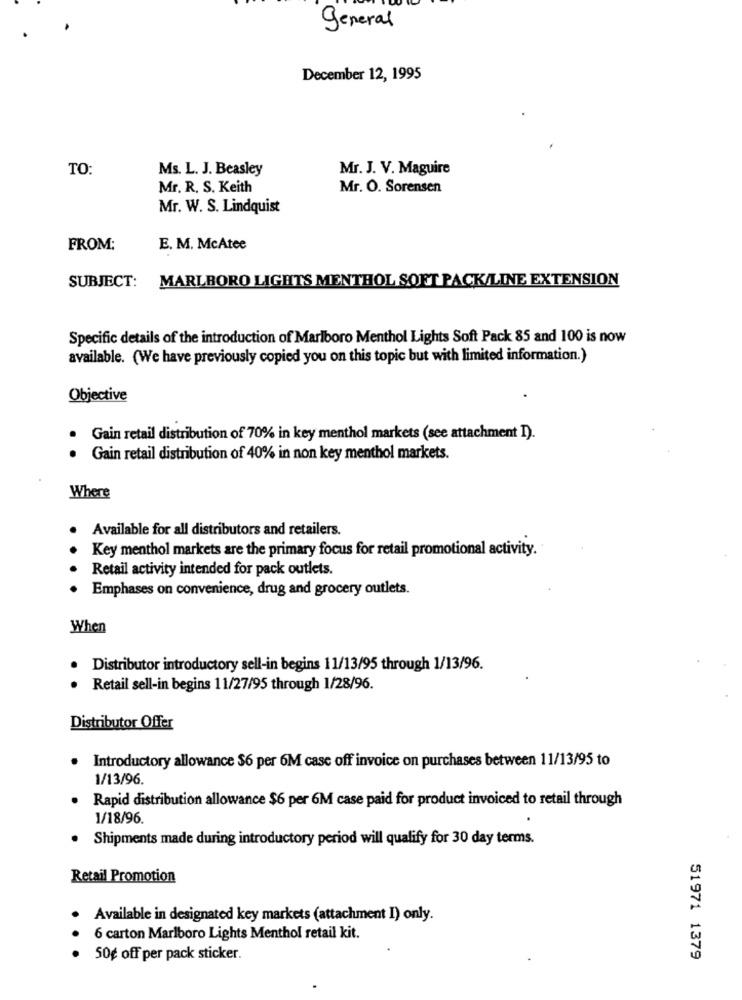
general
December 12, 1995
TO:
Ms. L. J. Beasley
Mr. J. V. Maguire
Mr. R. S. Keith
Mr. O. Sorensen
Mr. W. S. Lindquist
FROM:
E. M. McAtee
SUBJECT:
MARLBORO LIGHTS MENTHOL SOFT PACK/LINE EXTENSION
Specific details of the introduction of Marlboro Menthol Lights Soft Pack 85 and 100 is now
available. (We have previously copied you on this topic but with limited information.)
Objective
Gain retail distribution of 70% in key menthol markets (see attachment I).
Gain retail distribution of 40% in non key menthol markets.
Where
Available for all distributors and retailers.
.
Key menthol markets are the primary focus for retail promotional activity.
Retail activity intended for pack outlets.
Emphases on convenience, drug and grocery outlets.
When
Distributor introductory sell-in begins 11/13/95 through 1/13/96.
Retail sell-in begins 11/27/95 through 1/28/96.
Distributor Offer
Introductory allowance $6 per 6M case off invoice on purchases between 11/13/95 to
1/13/96.
Rapid distribution allowance $6 per 6M case paid for product invoiced to retail through
1/18/96.
Shipments made during introductory period will qualify for 30 day terms.
Retail Promotion
Available in designated key markets (attachment I) only.
6 carton Marlboro Lights Menthol retail kit.
50¢ off per pack sticker.
51971 1379